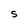
Character: S